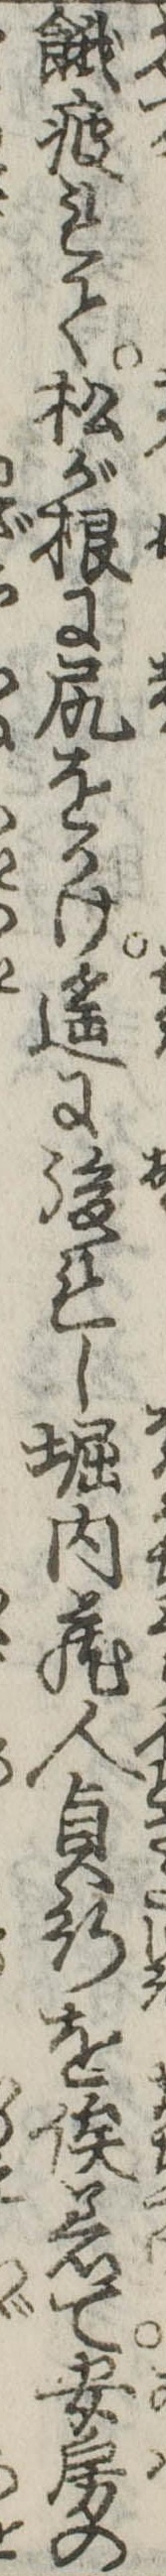
餓疲れて松が根に尻をかけ遥に後れし堀内蔵人貞行を俟着て安房の